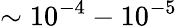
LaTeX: \sim 10^{-4}-10^{-5}